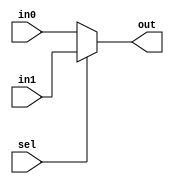
module mux_9b (in0, in1, sel, out);
	
	input [8:0] in0, in1;
	input sel;
	output [8:0] out;

assign out = (sel) ? in1 : in0;

endmodule